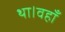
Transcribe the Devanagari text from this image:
था।वहाँ